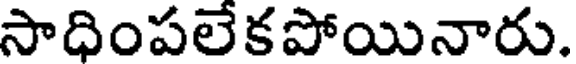
సాధింపలేకపోయినారు.